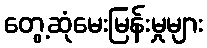
တွေ့ဆုံမေးမြန်းမှုများ